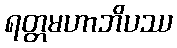
ရတ္တမဟာဘိပဿ